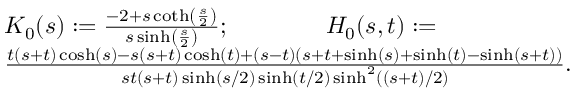
\begin{array} { r l } & { K _ { 0 } ( s ) : = \frac { - 2 + s \coth \left( \frac { s } { 2 } \right) } { s \sinh \left( \frac { s } { 2 } \right) } ; \qquad \qquad H _ { 0 } ( s , t ) : = } \\ & { \frac { t ( s + t ) \cosh ( s ) - s ( s + t ) \cosh ( t ) + ( s - t ) ( s + t + \sinh ( s ) + \sinh ( t ) - \sinh ( s + t ) ) } { s t ( s + t ) \sinh ( s / 2 ) \sinh ( t / 2 ) \sinh ^ { 2 } ( ( s + t ) / 2 ) } . } \end{array}